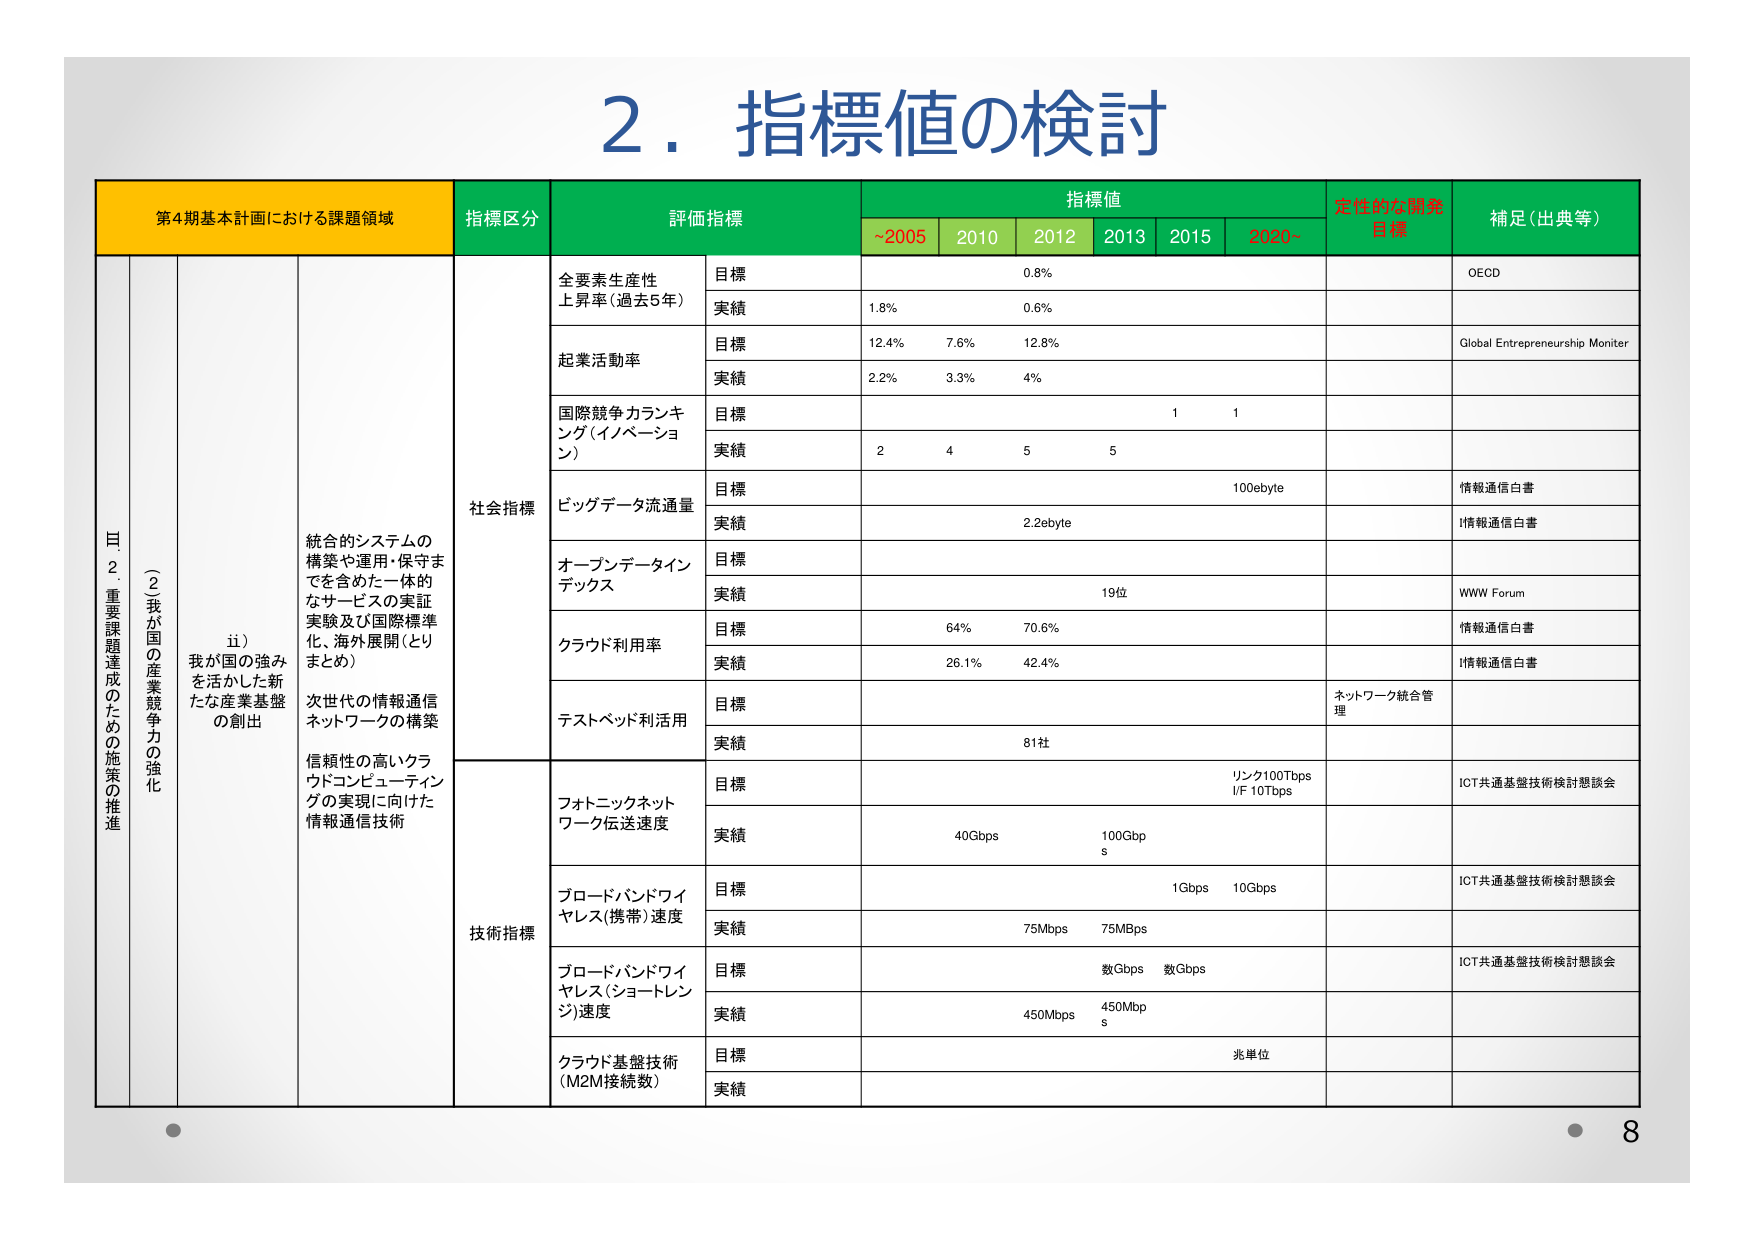
2. 指標値の検討

第4期基本計画における課題領域
指標区分
評価指標
指標値
定性的な開発目標
補足（出典等）

~2005
2010
2012
2013
2015
2020~

目
2. 重要課題達成のための施策の推進
（2）我が国の産業競争力の強化
ii）我が国の強みを活かした新たな産業基盤の創出
統合的システムの構築や運用・保守までを含めた一体的なサービスの実証実験及び国際標準化、海外展開（とりまとめ）
次世代の情報通信ネットワークの構築
信頼性の高いクラウドコンピューティングの実現に向けた情報通信技術

社会指標
全要素生産性上昇率（過去5年）
目標
0.8%
OECD
実績
1.8%
0.6%

起業活動率
目標
12.4%
7.6%
12.8%
Global Entrepreneurship Monitor
実績
2.2%
3.3%
4%

国際競争力ランキング（イノベーション）
目標
1
1
実績
2
4
5
5

ビッグデータ流通量
目標
100ebyte
情報通信白書
実績
2.2ebyte
情報通信白書

オープンデータインデックス
目標
実績
19位
WWW Forum

クラウド利用率
目標
64%
70.6%
情報通信白書
実績
26.1%
42.4%
情報通信白書

テストベッド利用
目標
ネットワーク統合管理
実績
81社

技術指標
フォトニックネットワーク伝送速度
目標
リンク100Tbps
I/F 10Tbps
ICT共通基盤技術検討懇談会
実績
40Gbps
100Gbps

ブロードバンドワイヤレス（携帯）速度
目標
1Gbps
10Gbps
ICT共通基盤技術検討懇談会
実績
75Mbps
75MBps

ブロードバンドワイヤレス（ショートレンジ）速度
目標
数Gbps
数Gbps
ICT共通基盤技術検討懇談会
実績
450Mbps
450Mbps

クラウド基盤技術（M2M接続数）
目標
兆単位
実績

8